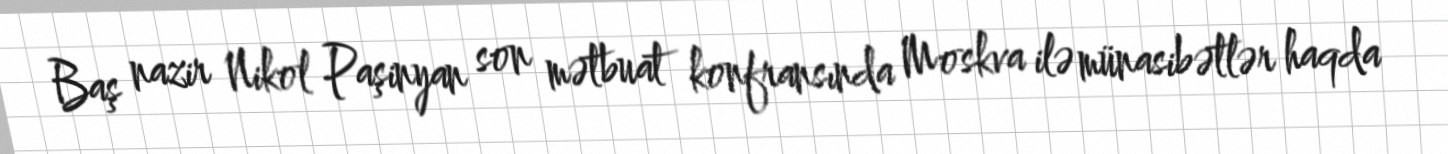
Baş nazir Nikol Paşinyan son mətbuat konfransında Moskva ilə münasibətlər haqda